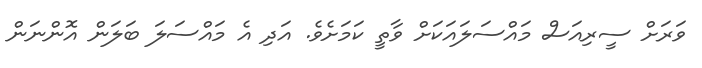
ވަރަށް ސީރިއަސް މައްސަލައަކަށް ވާތީ ކަމަށެވެ. އަދި އެ މައްސަލަ ބަލަން އޮންނަން